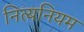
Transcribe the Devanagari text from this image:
नित्यनियम